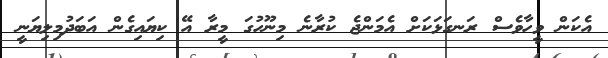
އެކަން ވީހާވެސް ރަނގަޅަކަށް އެމަންޖެ ކުރާނެ މިނޫހުގަ މީރާ އޭ ކިޔައިގެން އަބަދުމިލިޔަނީ